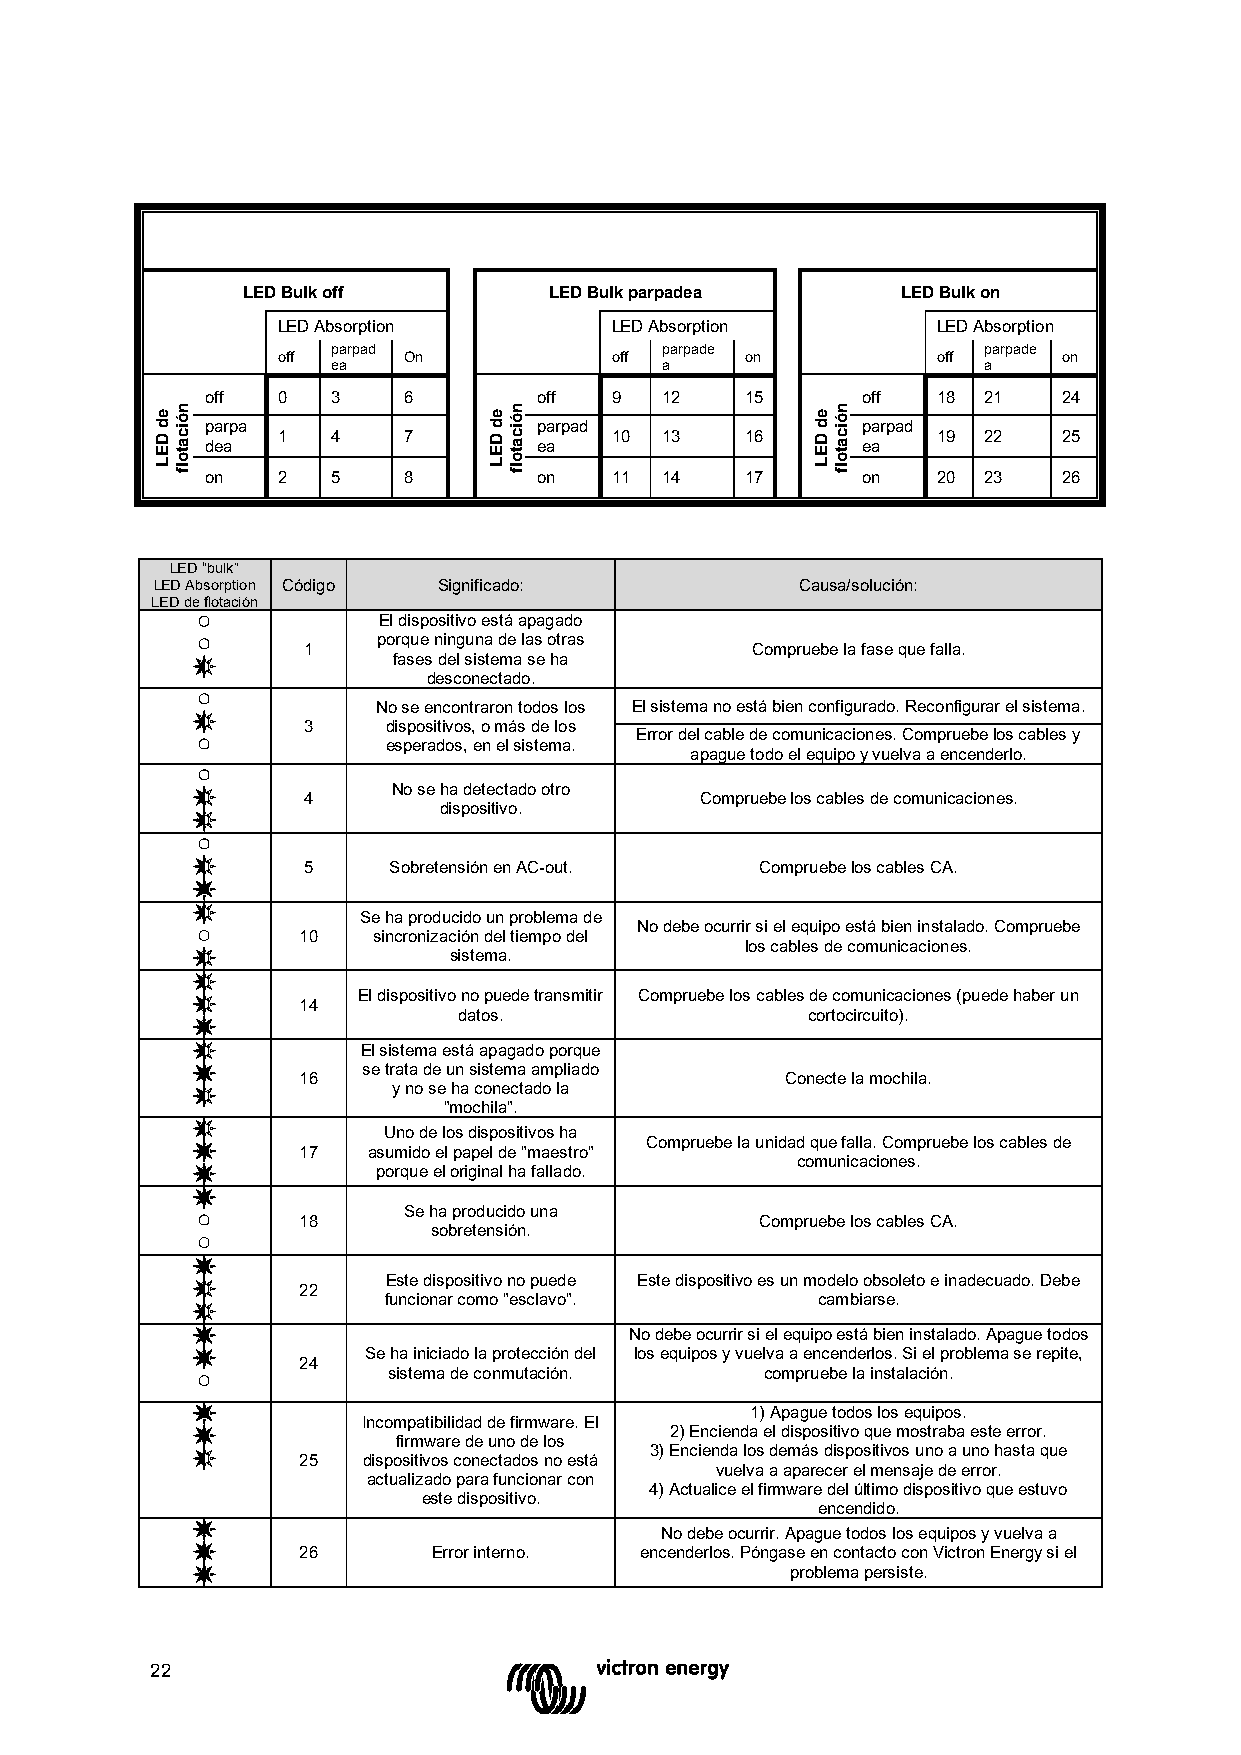
LED Bulk off        LED Bulk parpadea       LED Bulk on
 LED Absorption        LED Absorption        LED Absorption
 parpad                parpade              parpade
 off      On           off      on           off     on
 ea                    a                    a
 off 0   3    6        off 9   12   15      off  18 21   24
 parpa                 parpad               parpad
 1   4    7            10  13   16           19 22   25 dea ea ea
 on  2   5    8        on  11  14   17      on   20 23   26
 LED “bulk”
 LED Absorption Código Significado:         Causa/solución:
 LED de flotación
 El dispositivo está apagado
 porque ninguna de las otras
 1                             Compruebe la fase que falla.
 fases del sistema se ha
 desconectado.
 No se encontraron todos los El sistema no está bien configurado. Reconfigurar el sistema.
 3     dispositivos, o más de los
 Error del cable de comunicaciones. Compruebe los cables y
 esperados, en el sistema.
 apague todo el equipo y vuelva a encenderlo.
 No se ha detectado otro
 4
 dispositivo.
 Compruebe los cables de comunicaciones.
 5     Sobretensión en AC-out. Compruebe los cables CA.
 Se ha producido un problema de
 No debe ocurrir si el equipo está bien instalado. Compruebe
 10   sincronización del tiempo del
 los cables de comunicaciones.
 sistema.
 El dispositivo no puede transmitir Compruebe los cables de comunicaciones (puede haber un
 14
 datos.                 cortocircuito).
 El sistema está apagado porque
 se trata de un sistema ampliado
 16                              Conecte la mochila.
 y no se ha conectado la
 "mochila".
 Uno de los dispositivos ha
 Compruebe la unidad que falla. Compruebe los cables de
 17  asumido el papel de "maestro"
 comunicaciones.
 porque el original ha fallado.
 Se ha producido una
 18
 sobretensión.
 Compruebe los cables CA.
 Este dispositivo no puede Este dispositivo es un modelo obsoleto e inadecuado. Debe
 22
 funcionar como "esclavo".    cambiarse.
 No debe ocurrir si el equipo está bien instalado. Apague todos
 Se ha iniciado la protección del los equipos y vuelva a encenderlos. Si el problema se repite,
 24
 sistema de conmutación.  compruebe la instalación.
 1) Apague todos los equipos.
 Incompatibilidad de firmware. El
 2) Encienda el dispositivo que mostraba este error.
 firmware de uno de los
 3) Encienda los demás dispositivos uno a uno hasta que
 25  dispositivos conectados no está
 vuelva a aparecer el mensaje de error.
 actualizado para funcionar con
 4) Actualice el firmware del último dispositivo que estuvo
 este dispositivo.
 encendido.
 No debe ocurrir. Apague todos los equipos y vuelva a
 26       Error interno. encenderlos. Póngase en contacto con Victron Energy si el
 problema persiste.
 22
 ed
 DEL
 nóicatolf           ed
 DEL
 nóicatolf           ed
 DEL
 nóicatolf